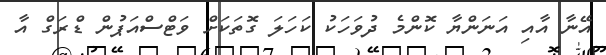
އޭނާ އާއި އަނަންޔާ ކޮންމެ ދުވަހަކު ކަހަލަ ގޮތަކަށް ވަޓްސްއަޕުން ޑްރަގް އާ